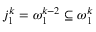
j _ { 1 } ^ { k } = \omega _ { 1 } ^ { k - 2 } \subseteq \omega _ { 1 } ^ { k }